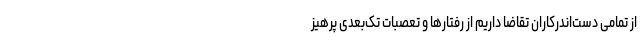
از تمامی دست‌اندرکاران تقاضا داریم از رفتارها و تعصبات تک‌بعدی پرهیز